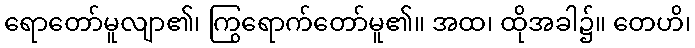
ရောတော်မူလျာ၏၊ ကြွရောက်တော်မူ၏။ အထ၊ ထိုအခါ၌။ တေဟိ၊